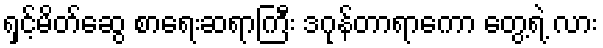
ရှင့်မိတ်ဆွေ စာရေးဆရာကြီး ဒဂုန်တာရာကော တွေ့ရဲ့ လား